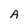
Character: A